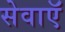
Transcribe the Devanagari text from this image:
सेवाएॅं